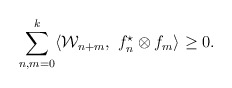
\begin{align*}\sum_{n,m=0}^{k}\langle{\cal W}_{n+m},\ f_{n}^\star\otimes f_{m}\rangle\geq 0.\end{align*}